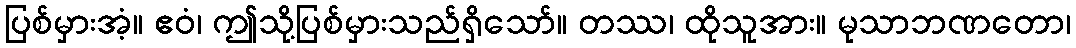
ပြစ်မှားအံ့။ ဧဝံ၊ ဤသို့ပြစ်မှားသည်ရှိသော်။ တဿ၊ ထိုသူအား။ မုသာဘဏတော၊